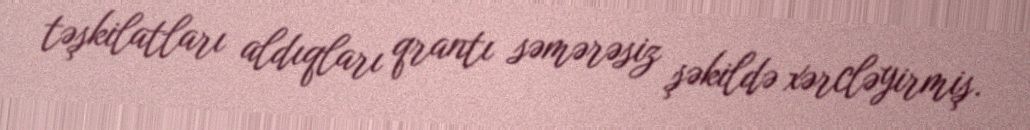
təşkilatları aldıqları qrantı səmərəsiz şəkildə xərcləyirmiş.